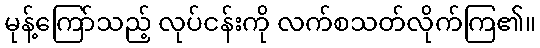
မုန့်ကြော်သည့် လုပ်ငန်းကို လက်စသတ်လိုက်ကြ၏။